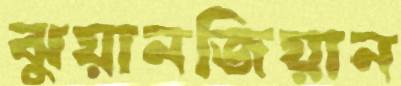
ঝুয়ানজিয়ান